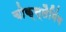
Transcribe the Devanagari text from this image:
चोक्स्लैमिंग